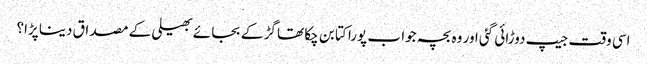
اسی وقت جیپ دوڑائی گئی اور وہ بچہ جوا ب پورا کتا بن چکا تھا گڑ کے بجا ئے بھیلی کے مصداق دینا پڑا؟